Report of an investigation into the causes of malaria in Bombay and the measures necessary for its control
Disease focus: Malaria
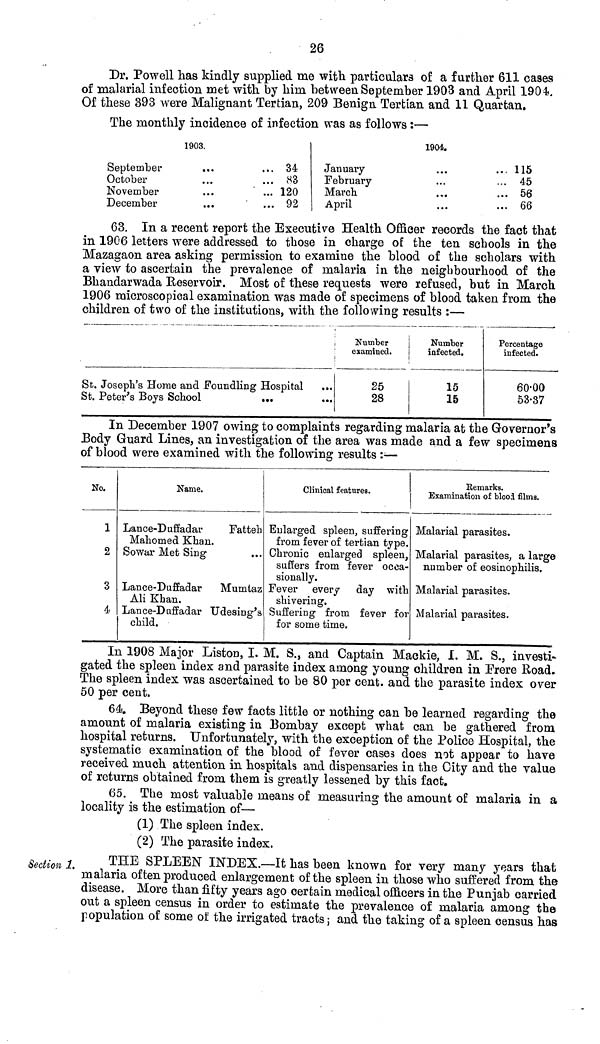
26
Dr. Powell has kindly supplied me with particulars of a further 611 ca9es
of malarial infection met with by him between September 1903 and April 1904.
Of these 393 were Malignant Tertian, 209 Benign Tertian and 11 Quartan.
The monthly incidence of infection was as follows :—
1903.
September
October
November
December
34
83
120
92
1904.
January
February
March
April
115
45
56
66
63. In a recent report the Executive Health Officer records the fact that
in 1906 letters were addressed to those in charge of the ten schools in the
Mazagaon area asking permission to examine the blood of the scholars with
a view to ascertain the prevalence of malaria in the neighbourhood of the
Bhandarwada Reservoir. Most of these requests were refused, but in March
1906 microscopical examination was made of specimens of blood taken from the
children of two of the institutions, with the following results :—
St. Joseph's Home and Foundling Hospital
St. Peter's Boys School
...
Number
examined.
25
28
Number
infected.
15
15
Percentage
infected.
60.00
53.37
In December 1907 owing to complaints regarding malaria at the Governor's
Body Guard Lines, an investigation of the area was made and a few specimens
of blood were examined with the following results :—
No.
1
2
3
4
Name.
Lance-Duffadar
Fatteh
Mahomed Khan.
Sowar Met Sing
Lance-Duffadar
Mumtaz
Ali Khan.
Lance-Duffadar Udesing's
child.
Clinical features.
Enlarged spleen, suffering
from fever of tertian type.
Chronic enlarged spleen,
suffers from fever occa-
sionally.
Fever every day with
shivering.
Suffering from fever for
for some time.
Remarks.
Examination of blood films.
Malarial parasites.
Malarial parasites, a large
number of eosinophilis.
Malarial parasites.
Malarial parasites.
In 1908 Major Liston, I. M. S., and Captain Mackie, I. M. S., investi-
gated the spleen index and parasite index among young children in Frere Road.
The spleen index was ascertained to be 80 per cent. and the parasite index over
50 per cent.
64. Beyond these few facts little or nothing can be learned regarding the
amount of malaria existing in Bombay except what can be gathered from
hospital returns. Unfortunately, with the exception of the Police Hospital, the
systematic examination of the blood of fever cases does not appear to have
received much attention in hospitals and dispensaries in the City and the value
of returns obtained from them is greatly lessened by this fact.
65. The most valuable means of measuring the amount of malaria in a
locality is the estimation of—
(1) The spleen index.
(2) The parasite index.
Section 1,
THE SPLEEN INDEX.—It has been known for very many years that
malaria of ten produced enlargement of the spleen in those who suffered from the
disease. More than fifty years ago certain medical officers in the Punjab carried
out a spleen census in order to estimate the prevalence of malaria among the
population of some of the irrigated tracts ; and the taking of a spleen census has